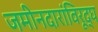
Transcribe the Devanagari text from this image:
जमीनदारांविरूद्घ